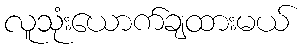
လူသုံးယောက်ချထားမယ်